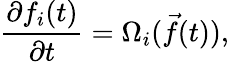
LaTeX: \frac{\partial f_{i}(t)}{\partial t}=\Omega_{i}(\vec{f}(t)),